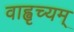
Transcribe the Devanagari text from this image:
वाह्वृच्यम्